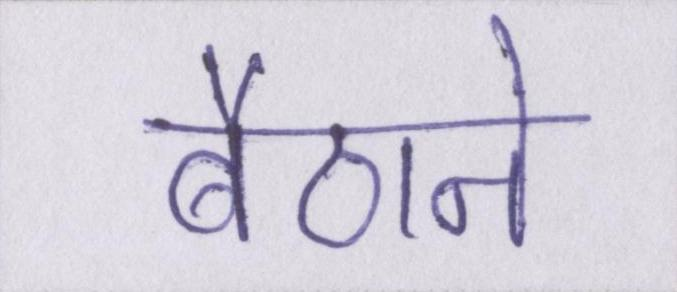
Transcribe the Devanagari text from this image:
बैठाने